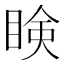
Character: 𥇥